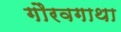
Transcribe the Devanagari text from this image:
गौरवगाथा